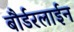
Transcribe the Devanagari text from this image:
बौर्डरलाईन